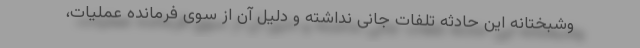
وشبختانه این حادثه تلفات جانی نداشته و دلیل آن از سوی فرمانده عملیات،